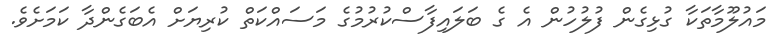
މައުލޫމާތަކާ ގުޅިގެން ފުލުހުން އެ ގެ ބަލައިފާސްކުރުމުގެ މަސައްކަތް ކުރިޔަށް އެބަގެންދާ ކަމަށެވެ.